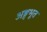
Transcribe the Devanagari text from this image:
अङ्गभूत